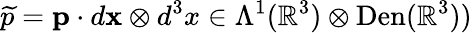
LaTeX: \widetilde{p}={\mathbf{p}}\cdot d{\mathbf{x}}\otimes d^{3}x\in\Lambda^{1}(\mathbb{R}^{3})\otimes\mathrm{Den}(\mathbb{R}^{3}))